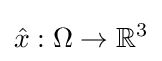
{\hat {x}}:\Omega \rightarrow \mathbb {R} ^{3}